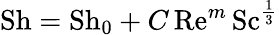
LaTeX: \mathrm{Sh}=\mathrm{Sh}_{0}+C\, \mathrm{Re}^{m}\, \mathrm{Sc}^{\frac{1}{3}}